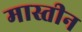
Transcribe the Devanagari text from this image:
मास्तीन